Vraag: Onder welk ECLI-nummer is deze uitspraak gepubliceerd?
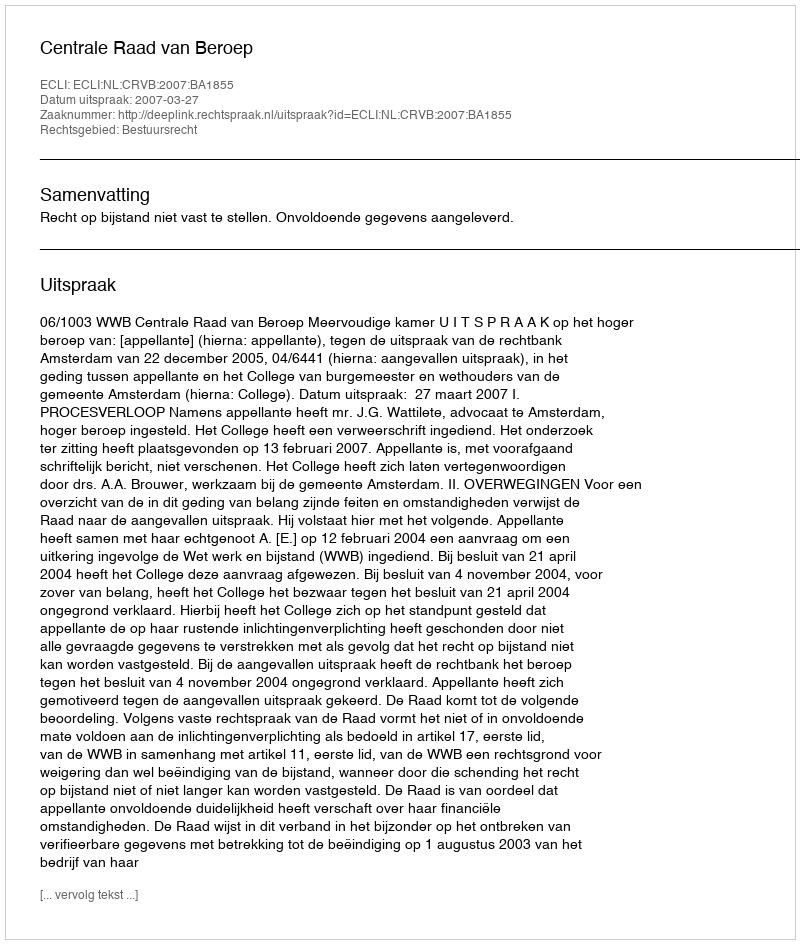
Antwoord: ECLI:NL:CRVB:2007:BA1855